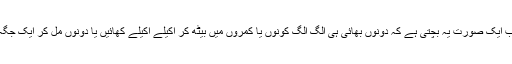
اب ایک صورت یہ بچتی ہے کہ دونوں بھائی ہی الگ الگ کونوں یا کمروں میں بیٹھ کر اکیلے اکیلے کھائیں یا دونوں مل کر ایک جگہ۔